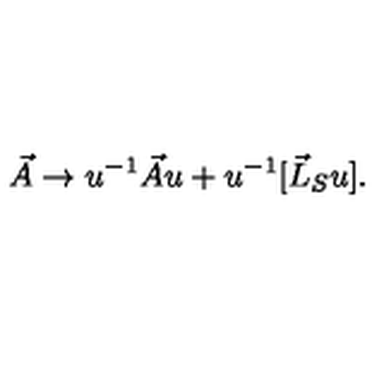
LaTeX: \vec { A } \rightarrow u ^ { - 1 } \vec { A } u + u ^ { - 1 } [ \vec { L } _ { S } u ] .